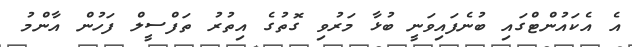
އެ އެކައުންޓްގައި ބުނެފައިވަނީ ބުޅާ މަރުވި ގޮތުގެ އިތުރު ތަފްސީލް ފަހުން އާންމު